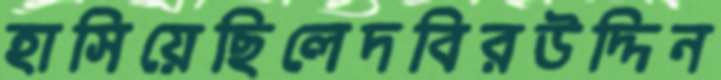
হাসিয়েছিলেদবিরউদ্দিন